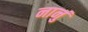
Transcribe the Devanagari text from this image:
नानुं